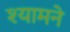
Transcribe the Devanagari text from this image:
श्यामने